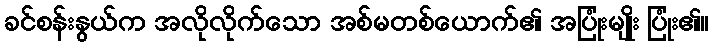
ခင်စန်းနွယ်က အလိုလိုက်သော အစ်မတစ်ယောက်၏ အပြုံးမျိုး ပြုံး၏။